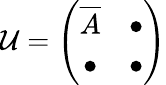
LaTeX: \mathcal{U}=\left(\begin{array}{cc}{\overline{{A}}}&{\bullet}\\ {\bullet}&{\bullet}\end{array}\right)